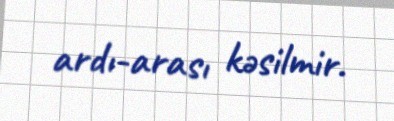
ardı-arası kəsilmir.